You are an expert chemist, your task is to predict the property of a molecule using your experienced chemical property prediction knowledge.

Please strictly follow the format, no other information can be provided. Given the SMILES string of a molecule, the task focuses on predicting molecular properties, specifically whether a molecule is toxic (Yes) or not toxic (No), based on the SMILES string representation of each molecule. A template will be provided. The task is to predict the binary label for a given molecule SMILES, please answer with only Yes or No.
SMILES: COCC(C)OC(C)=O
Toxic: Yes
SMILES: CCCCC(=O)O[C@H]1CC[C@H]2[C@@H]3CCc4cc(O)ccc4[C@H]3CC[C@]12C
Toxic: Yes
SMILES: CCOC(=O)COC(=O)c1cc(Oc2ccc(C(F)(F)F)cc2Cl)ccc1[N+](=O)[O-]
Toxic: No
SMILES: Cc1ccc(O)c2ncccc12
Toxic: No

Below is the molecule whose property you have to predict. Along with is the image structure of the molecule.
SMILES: CCCCCC(=O)O[C@]1(C(C)=O)CC[C@H]2[C@@H]3CCC4=CC(=O)CC[C@]4(C)[C@H]3CC[C@@]21C
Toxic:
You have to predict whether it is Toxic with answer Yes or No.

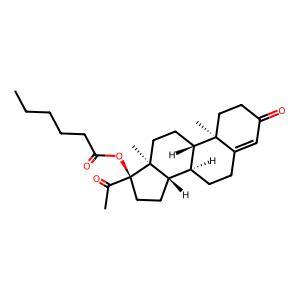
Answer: No